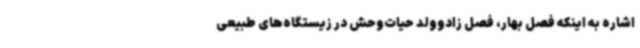
اشاره به اینکه فصل بهار، فصل زادوولد حیات‌وحش در زیستگاه‌های طبیعی